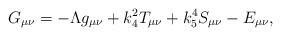
LaTeX: \begin{align*}G_{\mu\nu} = - \Lambda g_{\mu\nu} + k_4^2 T_{\mu\nu} + k_5^4S_{\mu \nu} - E_{\mu\nu},\end{align*}